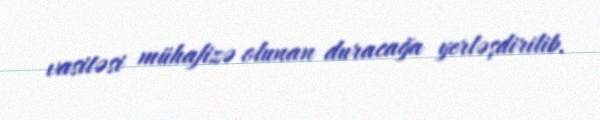
vasitəsi mühafizə olunan duracağa yerləşdirilib.